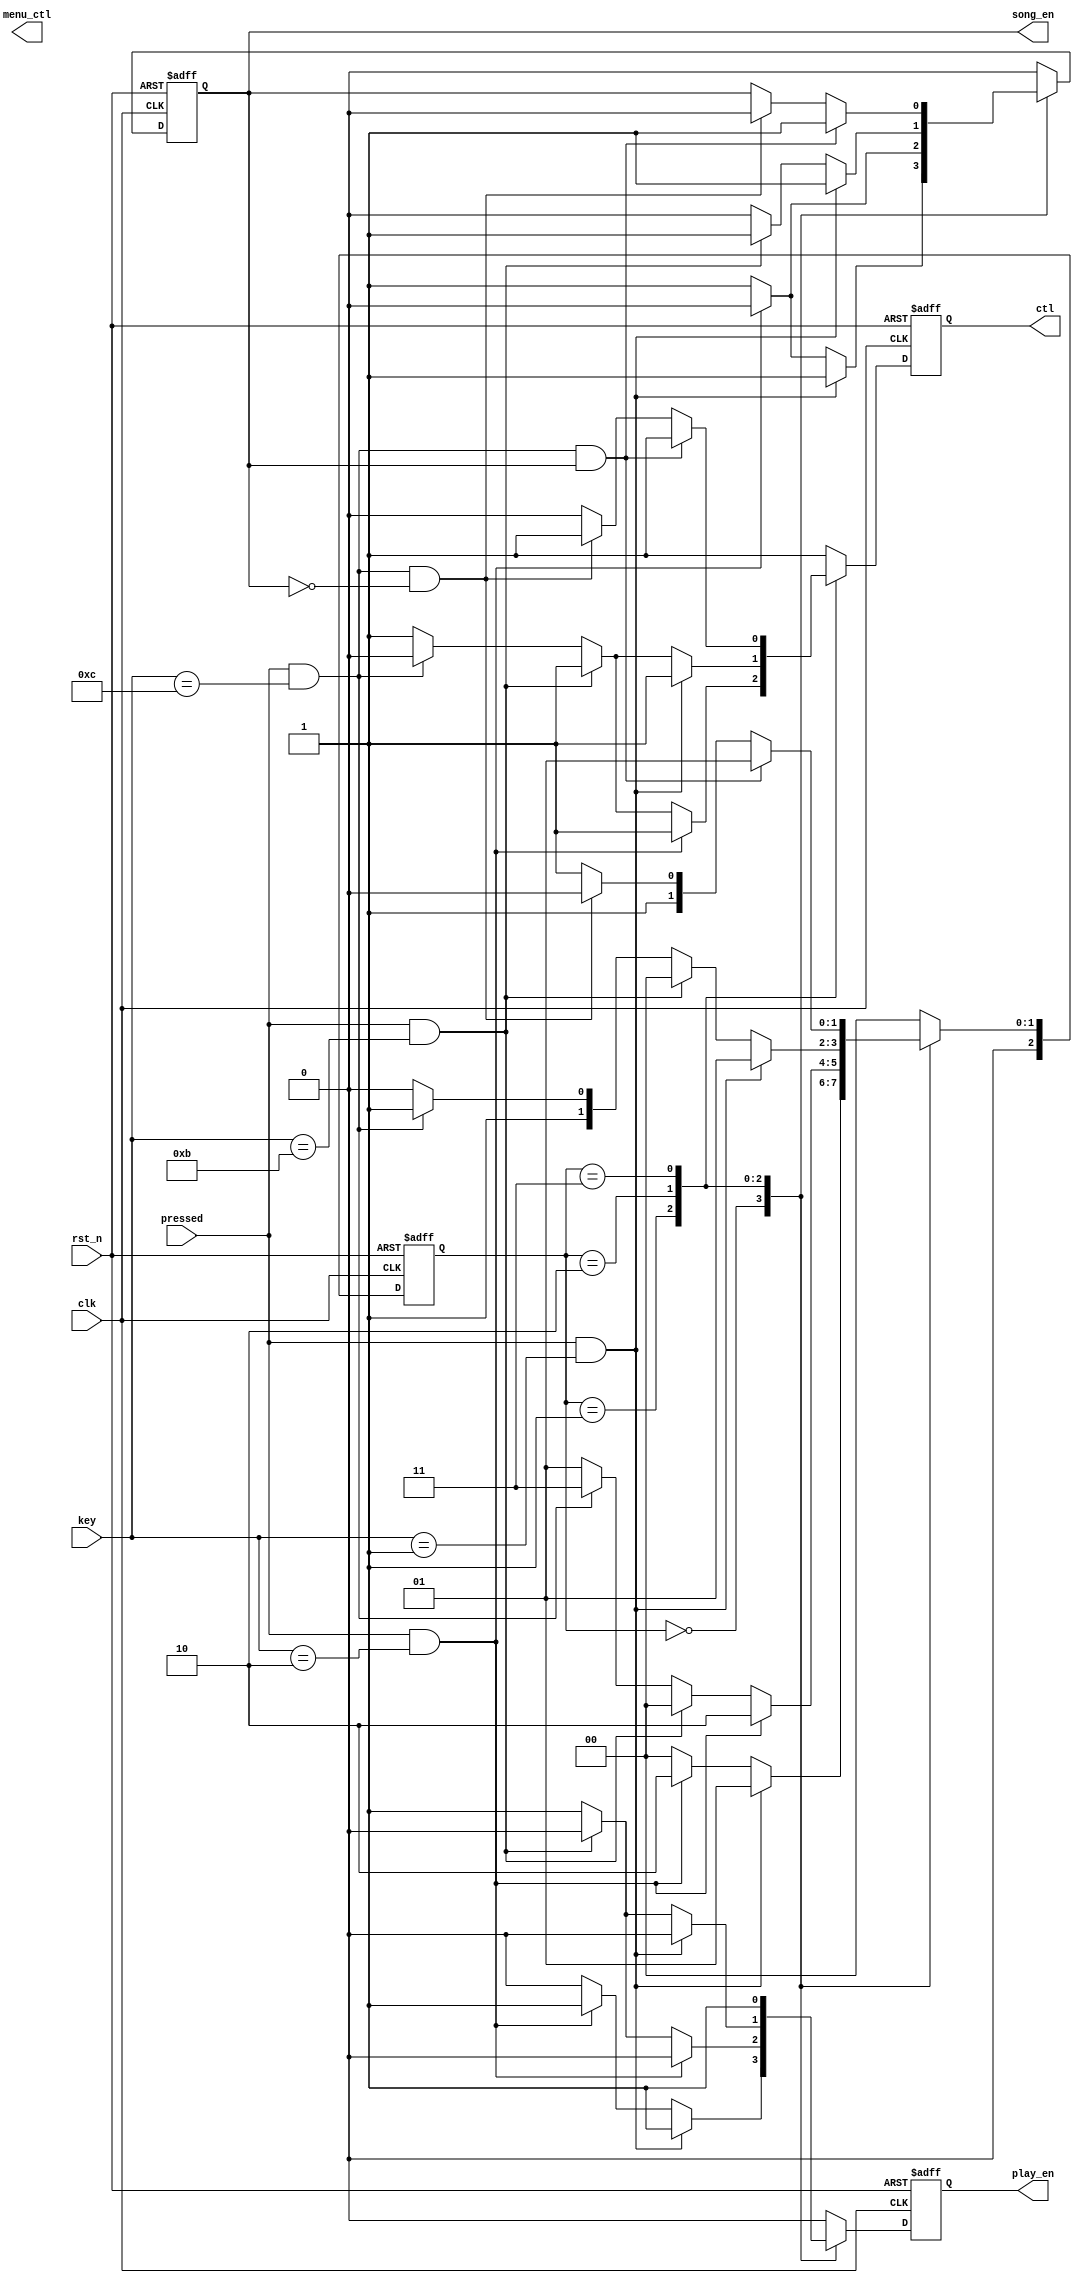
`timescale 1ns / 1ps
//////////////////////////////////////////////////////////////////////////////////
// Company: 
// Engineer: 
// 
// Design Name: 
// Module Name:    FSM 
// Project Name: 
// Target Devices: 
// Tool versions: 
// Description: 
//
// Dependencies: 
//
// Revision: 
// Revision 0.01 - File Created
// Additional Comments: 
//
//////////////////////////////////////////////////////////////////////////////////
`define MENU 3'b000
`define SONG1 3'b001
`define SONG2 3'b010
`define PAUSE 3'b011
`define SPEED 3'b100

module FSM(
    key,
	 menu_ctl,
	 clk,
	 rst_n,
	 song_en,
	 play_en,
	 pressed,
	 ctl
    );
    
	 input pressed;
	 input [3:0] key;
	 input clk;
	 input rst_n;
	 
	 output reg menu_ctl;
	 output reg ctl;
	 output reg song_en;
	 output reg play_en;
	 
    reg [2:0] state, next_state;
	 reg song_en_tmp, play_en_tmp, ctl_tmp, menu_ctl_tmp;
	 
	 
always @(posedge clk or negedge rst_n)
  if (~rst_n)
   begin
    state <= `MENU;
	 song_en<=1'b1;
	 play_en<=1'b0;
	 ctl <=1'b1;
	// menu_ctl <=1'b1;
   end
  else
   begin
    state <= next_state;	 
	 song_en<=song_en_tmp;
	 play_en<=play_en_tmp;
	 ctl<=ctl_tmp;
	// menu_ctl <= menu_ctl_tmp;
	end
	 
always @*

case (state)

`MENU:
	if (pressed && key==4'd1) 
		begin
			next_state = `SONG1;
			song_en_tmp = 1'b1;
			play_en_tmp = 1'b1;
			ctl_tmp = 1'b1;
		//	menu_ctl_tmp = 1'b0;
		end
		
	else if(pressed && key==4'd2)
		begin
			next_state = `SONG2;
			song_en_tmp= 1'b0;
			play_en_tmp= 1'b1;
			ctl_tmp = 1'b1;
		//	menu_ctl_tmp = 1'b0;
		end
	else
      begin
			next_state = `MENU;
			song_en_tmp = 1'b1;
			play_en_tmp = 1'b0;
			ctl_tmp = 1'b1;
		//	menu_ctl_tmp = 1'b1;
		end	
		
`SONG1:
	if (pressed && key==4'd2) 
      begin
			next_state = `SONG2;
			song_en_tmp = 1'b0;
			play_en_tmp = 1'b0;
			ctl_tmp = 1'b1;
			//menu_ctl_tmp = 1'b1;
		end	
		
	else if(pressed && key==4'd11)
      begin
			next_state = `MENU;
			song_en_tmp = 1'b1;
			play_en_tmp = 1'b0;
			ctl_tmp = 1'b1;
			//menu_ctl_tmp = 1'b0;
		end
	else if(pressed && key==4'd12)
      begin
			next_state = `PAUSE;
			song_en_tmp = 1'b1;
			play_en_tmp = 1'b1;
			ctl_tmp = 1'b0;
			//menu_ctl_tmp = 1'b1;
		end	
	else
      begin
			next_state = `SONG1;
			song_en_tmp = 1'b1;
			play_en_tmp = 1'b1;
			ctl_tmp = 1'b1;
			//menu_ctl_tmp = 1'b1;
		end		

`SONG2:
	if (pressed && key==4'd1) 
      begin
			next_state = `SONG1;
			song_en_tmp = 1'b1;
			play_en_tmp = 1'b0;
			ctl_tmp = 1'b1;
			//menu_ctl_tmp = 1'b1;
		end	
		
	else if(pressed && key==4'd11)
      begin
			next_state = `MENU;
			song_en_tmp = 1'b1;
			play_en_tmp = 1'b0;
			ctl_tmp = 1'b1;
			//menu_ctl_tmp = 1'b0;
		end	
	else if(pressed && key==4'd12)
      begin
			next_state = `PAUSE;
			song_en_tmp = 1'b0;
			play_en_tmp = 1'b1;
			ctl_tmp = 1'b0;
			//menu_ctl_tmp = 1'b1;
		end	
	else
      begin
			next_state = `SONG2;
			song_en_tmp = 1'b0;
			play_en_tmp = 1'b1;
			ctl_tmp = 1'b1;
		//	menu_ctl_tmp = 1'b1;
		end
		
`PAUSE:
	if (pressed && key==4'd12 && song_en==1'b1) 
      begin
			next_state = `SONG1;
			song_en_tmp = 1'b1;
			play_en_tmp = 1'b1;
			ctl_tmp = 1'b1;
			//menu_ctl_tmp = 1'b1;
		end	
		
	else if (pressed && key==4'd12 && song_en==1'b0) 
      begin
			next_state = `SONG2;
			song_en_tmp = 1'b0;
			play_en_tmp = 1'b1;
			ctl_tmp = 1'b1;
			//menu_ctl_tmp = 1'b1;
		end	
	else
      begin
			next_state = `PAUSE;
			song_en_tmp = song_en;
			play_en_tmp = 1'b1;
			ctl_tmp = 1'b0;
			//menu_ctl_tmp = 1'b1;
		end
		
default: 
		begin
			next_state = `MENU;
			song_en_tmp = 1'b0;
			play_en_tmp = 1'b0;
			ctl_tmp = 1'b1;
			//menu_ctl_tmp = 1'b1;
		end	
	
	endcase
	

endmodule